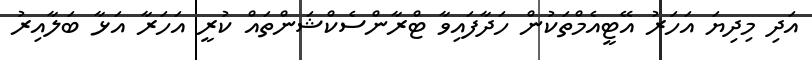
އަދި މިދިޔަ އަހަރު އޭޓީއެމްތަކުން ހަދާފައިވާ ޓްރާންސެކްޝަންތައް ކުރީ އަހަރާ އަޅާ ބަލާއިރު